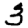
Digit: 3